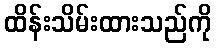
ထိန်းသိမ်းထားသည်ကို